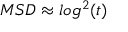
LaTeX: M S D \approx l o g ^ { 2 } ( t )